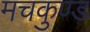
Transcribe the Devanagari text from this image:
मचकुण्ड